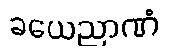
ခယေညာဏံ